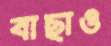
বাছাও